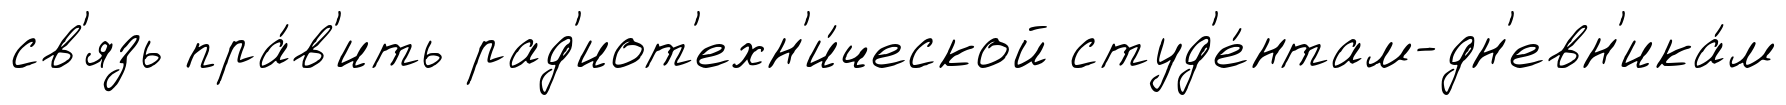
св'язь пра́в'ить рад'иот'ехн'и́ческой студ'е́нтам-дн'евн'ика́м